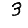
Digit: 3